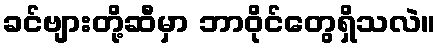
ခင်ဗျားတို့ဆီမှာ ဘာဝိုင်တွေရှိသလဲ။